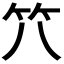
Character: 𱷮